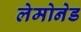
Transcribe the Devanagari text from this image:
लेमोनेड